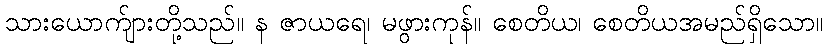
သားယောက်ျားတို့သည်။ န ဇာယရေ၊ မဖွားကုန်။ စေတိယ၊ စေတိယအမည်ရှိသော။